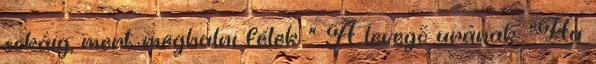
sokáig, mert meghalni félek " A levegõ urának. "Ha